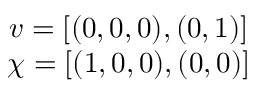
\begin{array} { c } { { v = [ ( 0 , 0 , 0 ) , ( 0 , 1 ) ] } } \\ { { \chi = [ ( 1 , 0 , 0 ) , ( 0 , 0 ) ] } } \end{array}